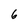
Character: 6